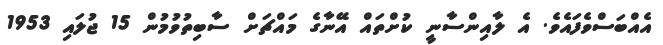
އެއްބަސްވެފައެވެ. އެ ލާއިންސާނީ ކުށްތައް އޭނާގެ މައްޗަށް ސާބިތުވުމުން 15 ޖުލައި 1953